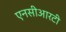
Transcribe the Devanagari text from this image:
एनसीआरटी